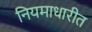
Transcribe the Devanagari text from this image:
नियमाधारीत